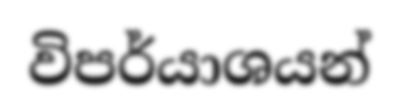
විපර්යාශයන්